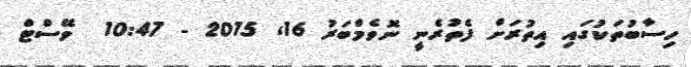
ހިސާބުތަކުގައި އިތުރަށް ފެތުރެނީ ނޮވެމްބަރު 16